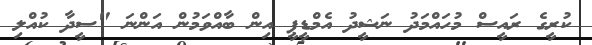
ކުރީގެ ރައީސް މުހައްމަދު ނަޝީދު އެމްޑީޕީ އިން ބާއްވަމުން އަންނަ "ސީދާ ކުއްލި